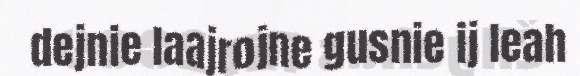
dejnie laajrojne gusnie ij leah